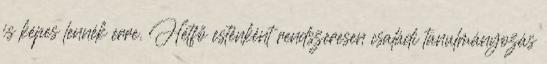
is képes lennék erre. Hétfő esténként rendszeresen családi tanulmányozás